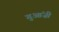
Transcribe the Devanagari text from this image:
गुआंज़ी